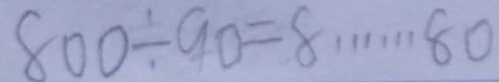
8 0 0 \div 9 0 = 8 \cdots 8 0